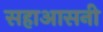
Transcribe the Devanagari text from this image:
सहाआसनी